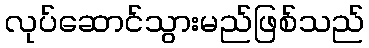
လုပ်ဆောင်သွားမည်ဖြစ်သည်